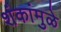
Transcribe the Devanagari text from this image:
शंकांमुळे